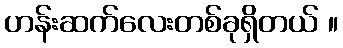
ဟန်းဆက်လေးတစ်ခုရှိတယ် ။